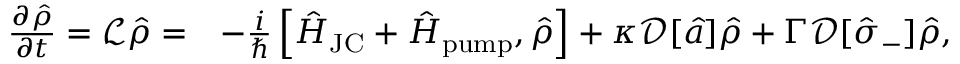
\begin{array} { r l } { \frac { \partial \hat { \rho } } { \partial t } = \mathcal { L } \hat { \rho } = } & { - \frac { i } { \hbar } \left[ \hat { H } _ { \mathrm { J C } } + \hat { H } _ { \mathrm { p u m p } } , \hat { \rho } \right] + \kappa \mathcal { D } [ \hat { a } ] \hat { \rho } + \Gamma \mathcal { D } [ \hat { \sigma } _ { - } ] \hat { \rho } , } \end{array}